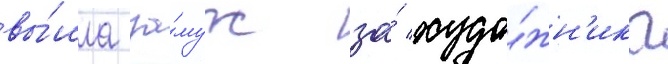
вы́шла за́муж за́ худо́жн'ика